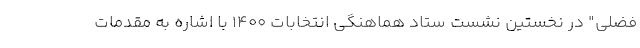
فضلی" در نخستین نشست ستاد هماهنگی انتخابات ۱۴۰۰ با اشاره به مقدمات